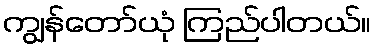
ကျွန်တော်ယုံ ကြည်ပါတယ်။